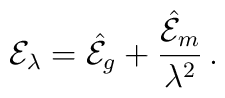
{\cal E}_\lambda  = {\hat {\cal E}}_{g} + {{\hat {\cal E}}_{m} \over{\lambda^2}} \,. \\